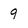
Character: 9